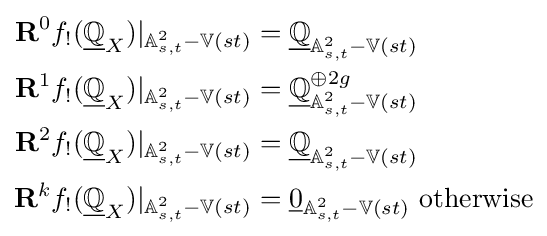
{\begin{aligned}\mathbf {R} ^{0}f_{!}({\underline {\mathbb {Q} }}_{X})|_{\mathbb {A} _{s,t}^{2}-\mathbb {V} (st)}&={\underline {\mathbb {Q} }}_{\mathbb {A} _{s,t}^{2}-\mathbb {V} (st)}\\\mathbf {R} ^{1}f_{!}({\underline {\mathbb {Q} }}_{X})|_{\mathbb {A} _{s,t}^{2}-\mathbb {V} (st)}&={\underline {\mathbb {Q} }}_{\mathbb {A} _{s,t}^{2}-\mathbb {V} (st)}^{\oplus 2g}\\\mathbf {R} ^{2}f_{!}({\underline {\mathbb {Q} }}_{X})|_{\mathbb {A} _{s,t}^{2}-\mathbb {V} (st)}&={\underline {\mathbb {Q} }}_{\mathbb {A} _{s,t}^{2}-\mathbb {V} (st)}\\\mathbf {R} ^{k}f_{!}({\underline {\mathbb {Q} }}_{X})|_{\mathbb {A} _{s,t}^{2}-\mathbb {V} (st)}&={\underline {0}}_{\mathbb {A} _{s,t}^{2}-\mathbb {V} (st)}{\text{ otherwise}}\end{aligned}}